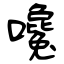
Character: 嚵